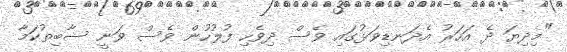
"މިދިޔަ ދެ އަހަރު އެދަނޑިވަޅުގައި ވެސް ދިވެހި ފުލުހުން ވެސް ވަނީ ސާބިތުކަމާ